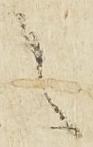
之